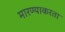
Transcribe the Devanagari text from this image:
मारण्याकरता